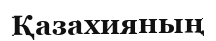
Қазахияның